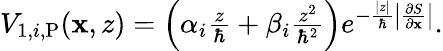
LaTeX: \begin{array}{r}{V_{1,i,\mathrm{P}}(\mathbf{x},z)=\left(\alpha_{i}\frac{z}{\hbar}+\beta_{i}\frac{z^{2}}{\hbar^{2}}\right)e^{-\frac{|z|}{\hbar}\left|\frac{\partial S}{\partial\mathbf{x}}\right|}.}\end{array}